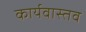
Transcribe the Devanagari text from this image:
कार्यवास्तव